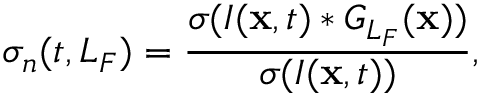
\sigma _ { n } ( t , L _ { F } ) = \frac { \sigma ( I ( { \bf x } , t ) * G _ { L _ { F } } ( { \bf x } ) ) } { \sigma ( I ( { \bf x } , t ) ) } ,